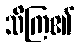
သိကြ၏